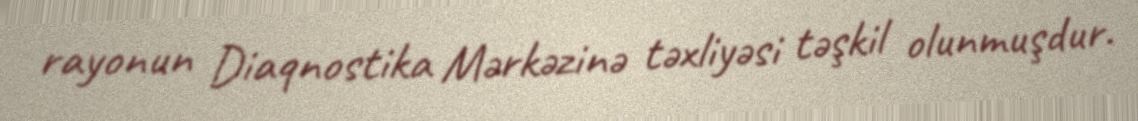
rayonun Diaqnostika Mərkəzinə təxliyəsi təşkil olunmuşdur.